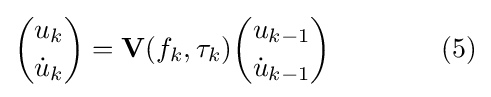
{\binom {u_{k}}{{\dot {u}}_{k}}}=\mathbf {V} (f_{k},\tau _{k}){\binom {u_{k-1}}{{\dot {u}}_{k-1}}}\qquad \qquad (5)